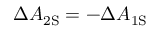
\Delta A _ { \mathrm { { 2 S } } } = - \Delta A _ { \mathrm { { 1 S } } }